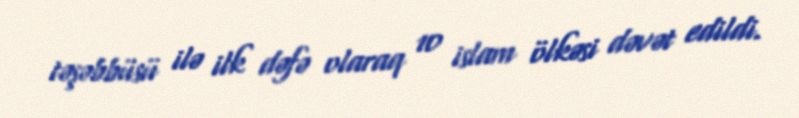
təşəbbüsü ilə ilk dəfə olaraq 10 islam ölkəsi dəvət edildi.